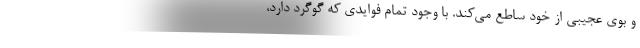
و بوی عجیبی از خود ساطع می‌کند. با وجود تمام فوایدی که گوگرد دارد،